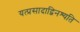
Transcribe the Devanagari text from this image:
यत्प्रसादाद्विनश्यति